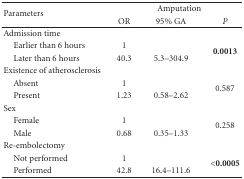
<table><thead><tr><td rowspan="2"><b>Parameters</b></td><td colspan="3"><b>Amputation</b></td></tr><tr><td><b>OR</b></td><td><b>95% GA</b></td><td><b><i>P</i></b></td></tr></thead><tbody><tr><td>Admission time</td><td></td><td></td><td></td></tr><tr><td> Earlier than 6 hours</td><td>1</td><td></td><td rowspan="2"><b>0.0013</b></td></tr><tr><td> Later than 6 hours</td><td>40.3</td><td>5.3–304.9</td></tr><tr><td>Existence of atherosclerosis</td><td></td><td></td><td></td></tr><tr><td> Absent</td><td>1</td><td></td><td rowspan="2">0.587</td></tr><tr><td> Present</td><td>1.23</td><td>0.58–2.62</td></tr><tr><td>Sex</td><td></td><td></td><td></td></tr><tr><td> Female</td><td>1</td><td></td><td rowspan="2">0.258</td></tr><tr><td> Male</td><td>0.68</td><td>0.35–1.33</td></tr><tr><td>Re-embolectomy</td><td></td><td></td><td></td></tr><tr><td> Not performed</td><td>1</td><td></td><td rowspan="2"><b>&lt;0.0005</b></td></tr><tr><td> Performed</td><td> 42.8</td><td> 16.4–111.6</td></tr></tbody></table>